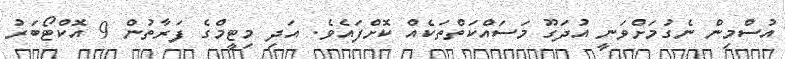
އުސްމިން ނެގުމަށްވަނީ އުދަގޫ މަސައްކަތްތަކެއް ކޮށްފައެވެ. އަދި މިޓީމްގެ ފަރާތުން 9 އޮކްޓޯބަރު